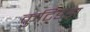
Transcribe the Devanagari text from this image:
कुटिडंडा